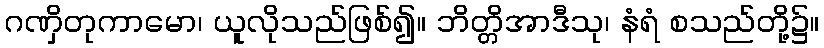
ဂဏှိတုကာမော၊ ယူလိုသည်ဖြစ်၍။ ဘိတ္တိအာဒီသု၊ နံရံ စသည်တို့၌။